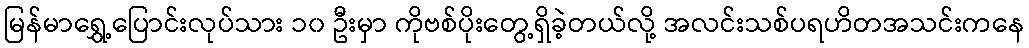
မြန်မာရွှေ့ပြောင်းလုပ်သား ၁၀ ဦးမှာ ကိုဗစ်ပိုးတွေ့ရှိခဲ့တယ်လို့ အလင်းသစ်ပရဟိတအသင်းကနေ